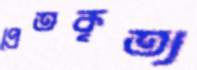
প্রেতকৃত্য